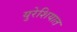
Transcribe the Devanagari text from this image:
युरेशियात